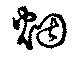
烟